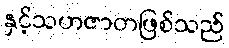
နှင့်သဟဇာတဖြစ်သည်